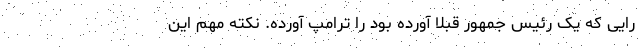
رایی که یک رئیس جمهور قبلاً آورده بود را ترامپ آورده. نکته‌ مهم این